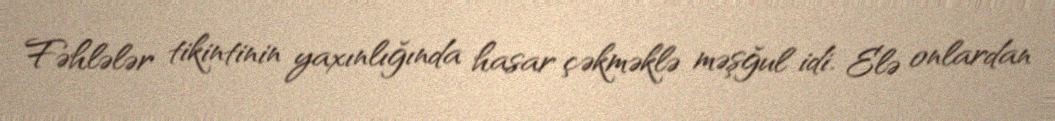
Fəhlələr tikintinin yaxınlığında hasar çəkməklə məşğul idi. Elə onlardan